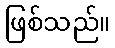
ဖြစ်သည်။